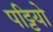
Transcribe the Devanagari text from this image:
पट्टियो